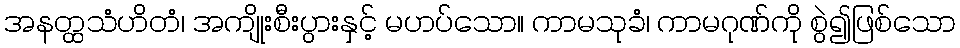
အနတ္ထသံဟိတံ၊ အကျိုးစီးပွားနှင့် မဟပ်သော။ ကာမသုခံ၊ ကာမဂုဏ်ကို စွဲ၍ဖြစ်သော